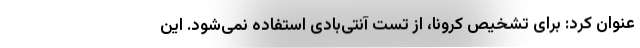
عنوان کرد: برای تشخیص کرونا، از تست آنتی‌بادی استفاده نمی‌شود. این